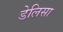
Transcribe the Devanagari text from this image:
डेलिसा